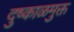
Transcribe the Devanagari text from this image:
दुष्काळमुक्त